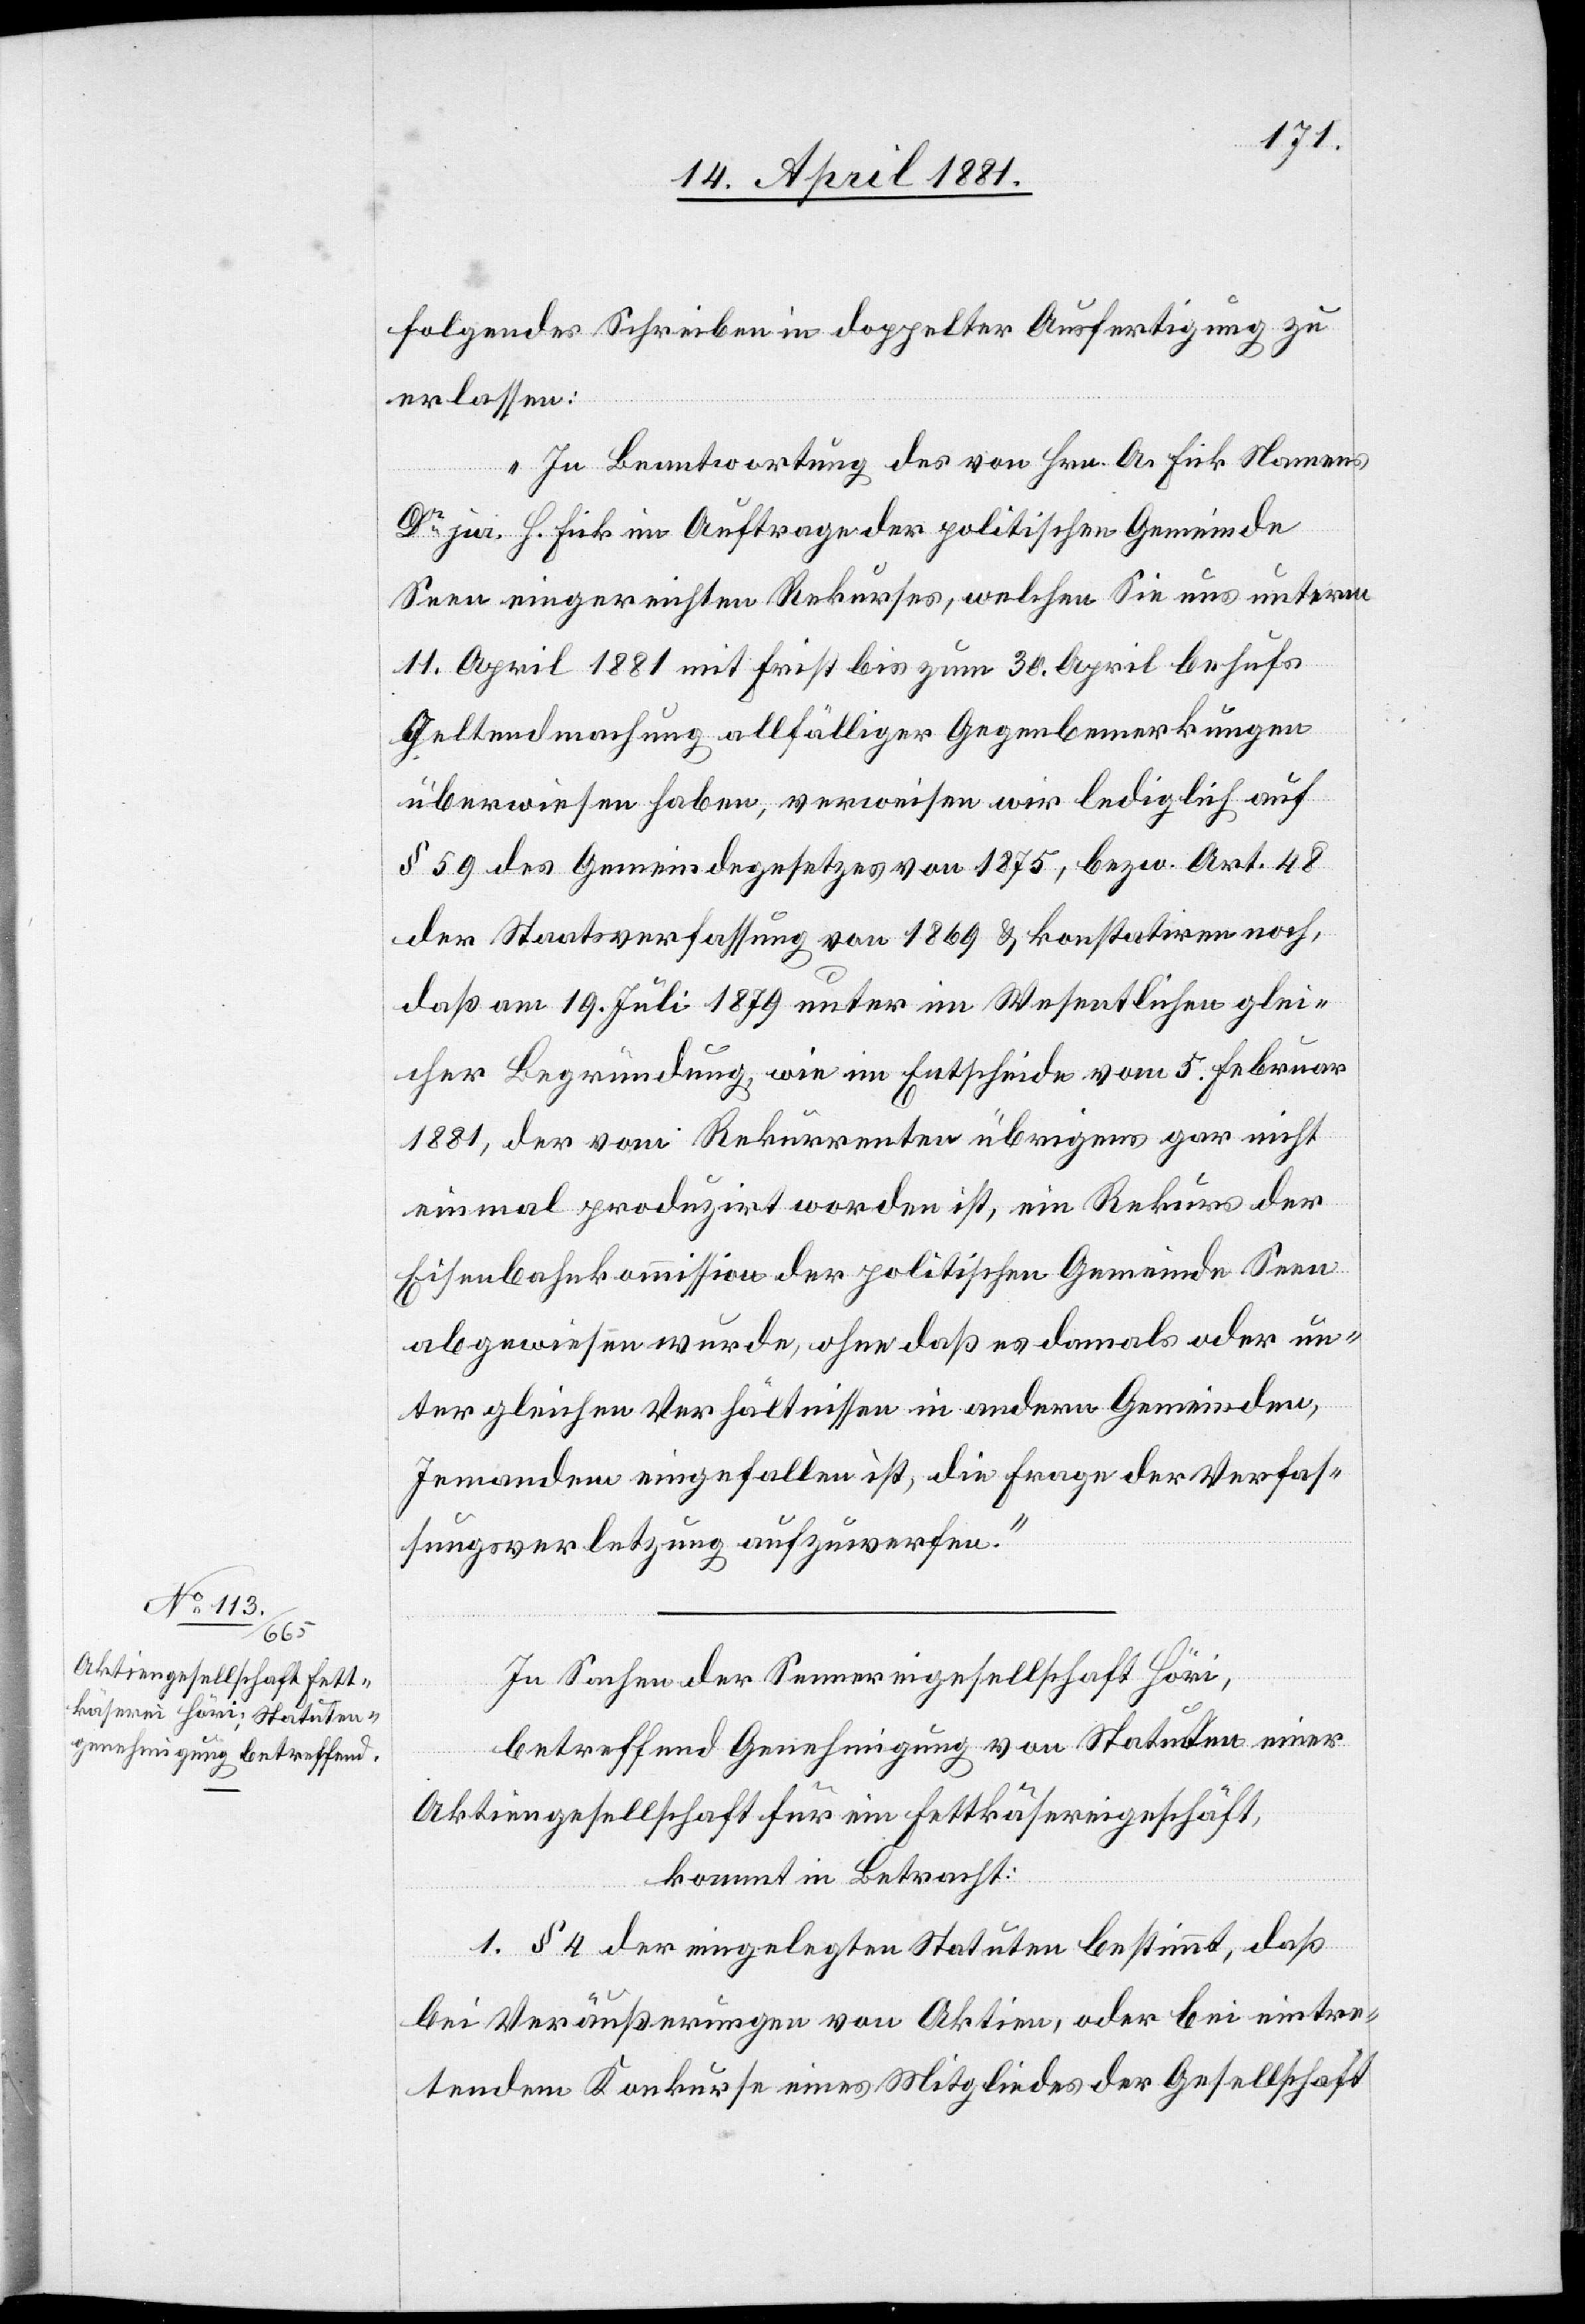
folgendes Schreiben in doppelter Ausfertigung zu
erlassen:
„In Beantwortung des von Hrn. A. Fick Namens
Dr jur. H. Fick im Auftrage der politischen Gemeinde
Seen eingereichten Rekurses, welchen Sie uns unterm
11. April 1881 mit Frist bis zum 30. April behufs
Geltendmachung allfälliger Gegenbemerkungen
überwiesen haben, verweisen wir lediglich auf
§ 59 des Gemeindegesetzes von 1875, bezw. Art. 48
der Staatsverfassung von 1869 & konstatiren noch,
daß am 19. Juli 1879 unter im Wesentlichen glei¬
cher Begründung, wie im Entscheide vom 5. Februar
1881, der vom Rekurrenten übrigens gar nicht
einmal produzirt worden ist, ein Rekurs der
Eisenbahnkommission der politischen Gemeinde Seen
abgewiesen wurde, ohne daß es damals oder un¬
ter gleichen Verhältnissen in andern Gemeinden,
Jemandem eingefallen ist, die Frage der Verfas¬
sungsverletzung aufzuwerfen.“
In Sachen der Sennereigesellschaft Höri,
betreffend Genehmigung von Statuten einer
Aktiengesellschaft für eine Fettkäsereigeschäft,
kommt in Betracht:
1. § 4 der eingelegten Statuten bestimmt, daß
bei Veräußerungen von Aktien, oder bei eintre¬
tendem Konkurse eines Mitgliedes der Gesellschaft